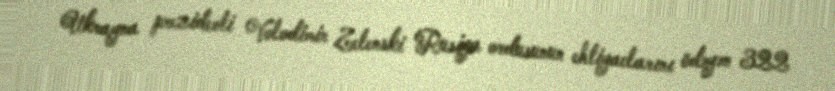
Ukrayna prezidenti Volodimir Zelenski Rusiya ordusunun ehtiyaclarını ödəyən 322